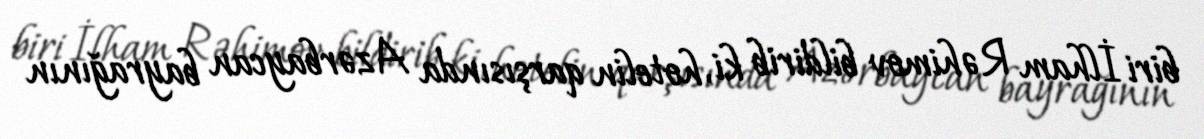
biri İlham Rəhimov bildirib ki, hotelin qarşısında Azərbaycan bayrağının